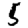
Digit: 5